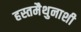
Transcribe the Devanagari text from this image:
हस्तमैथुनाशी